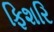
ફિશરિ